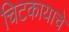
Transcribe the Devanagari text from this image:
चिटकायाचे